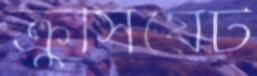
ক্রুসিয়েট